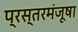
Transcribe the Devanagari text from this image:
प्रस्तरमंजूषा